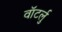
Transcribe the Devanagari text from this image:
वॉटर्लु